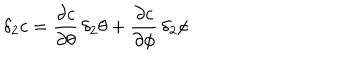
LaTeX: \delta _ { 2 } c = \frac { \partial c } { \partial \theta } \, \delta _ { 2 } \theta + \frac { \partial c } { \partial \phi } \, \delta _ { 2 } \phi